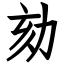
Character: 劾